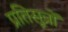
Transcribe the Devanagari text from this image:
प्रतिसूत्रों